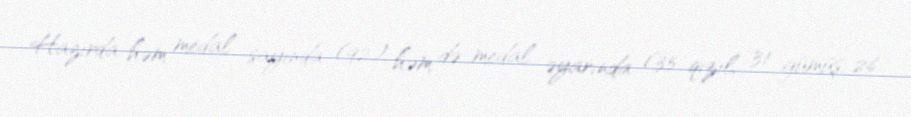
Hazırda həm medal sayında (92), həm də medal əyarında (35 qızıl, 31 gümüş, 26